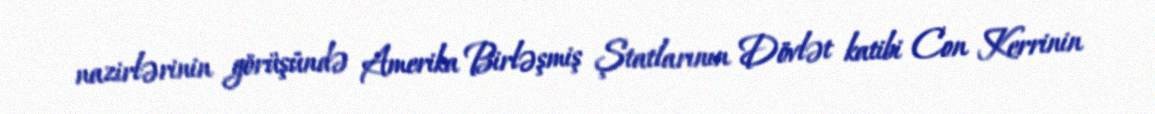
nazirlərinin görüşündə Amerika Birləşmiş Ştatlarının Dövlət katibi Con Kerrinin